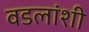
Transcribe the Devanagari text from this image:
वडलांशी